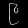
Digit: ၉